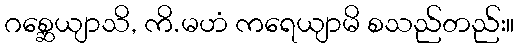
ဂစ္ဆေယျာသိ, ကိ.မဟံ ကရေယျာမိ စသည်တည်း။